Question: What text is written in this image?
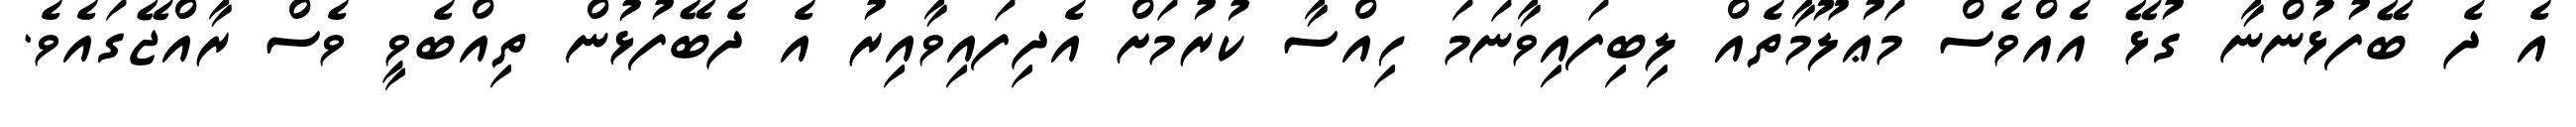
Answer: އެ ދެ ބޭފުޅުންނާ ގުޅޭ އެއްވެސް މަޢުލޫމާތެއް ލިބިފައިވާނަމަ ހިއްސާ ކުރުމަށް އެދިފައިވާއިރު އެ ދެބޭފުޅުން ތިއްބެވީ ވެސް ރާއްޖޭގައެވެ.